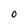
Character: O